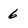
Character: 6